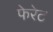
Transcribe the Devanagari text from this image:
फेरेट